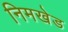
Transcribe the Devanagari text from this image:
निमखेड